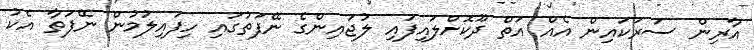
އާރިން ސަރަކައިން އެއް އަތް ދޫކޮށްލައިފައި ލުޖައިންގެ ނޭފަތުގައި ހިފައިލުމުން ނޭފަތާ އެކު